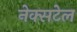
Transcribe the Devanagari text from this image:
नेक्सटेल